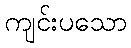
ကျင်းပသော